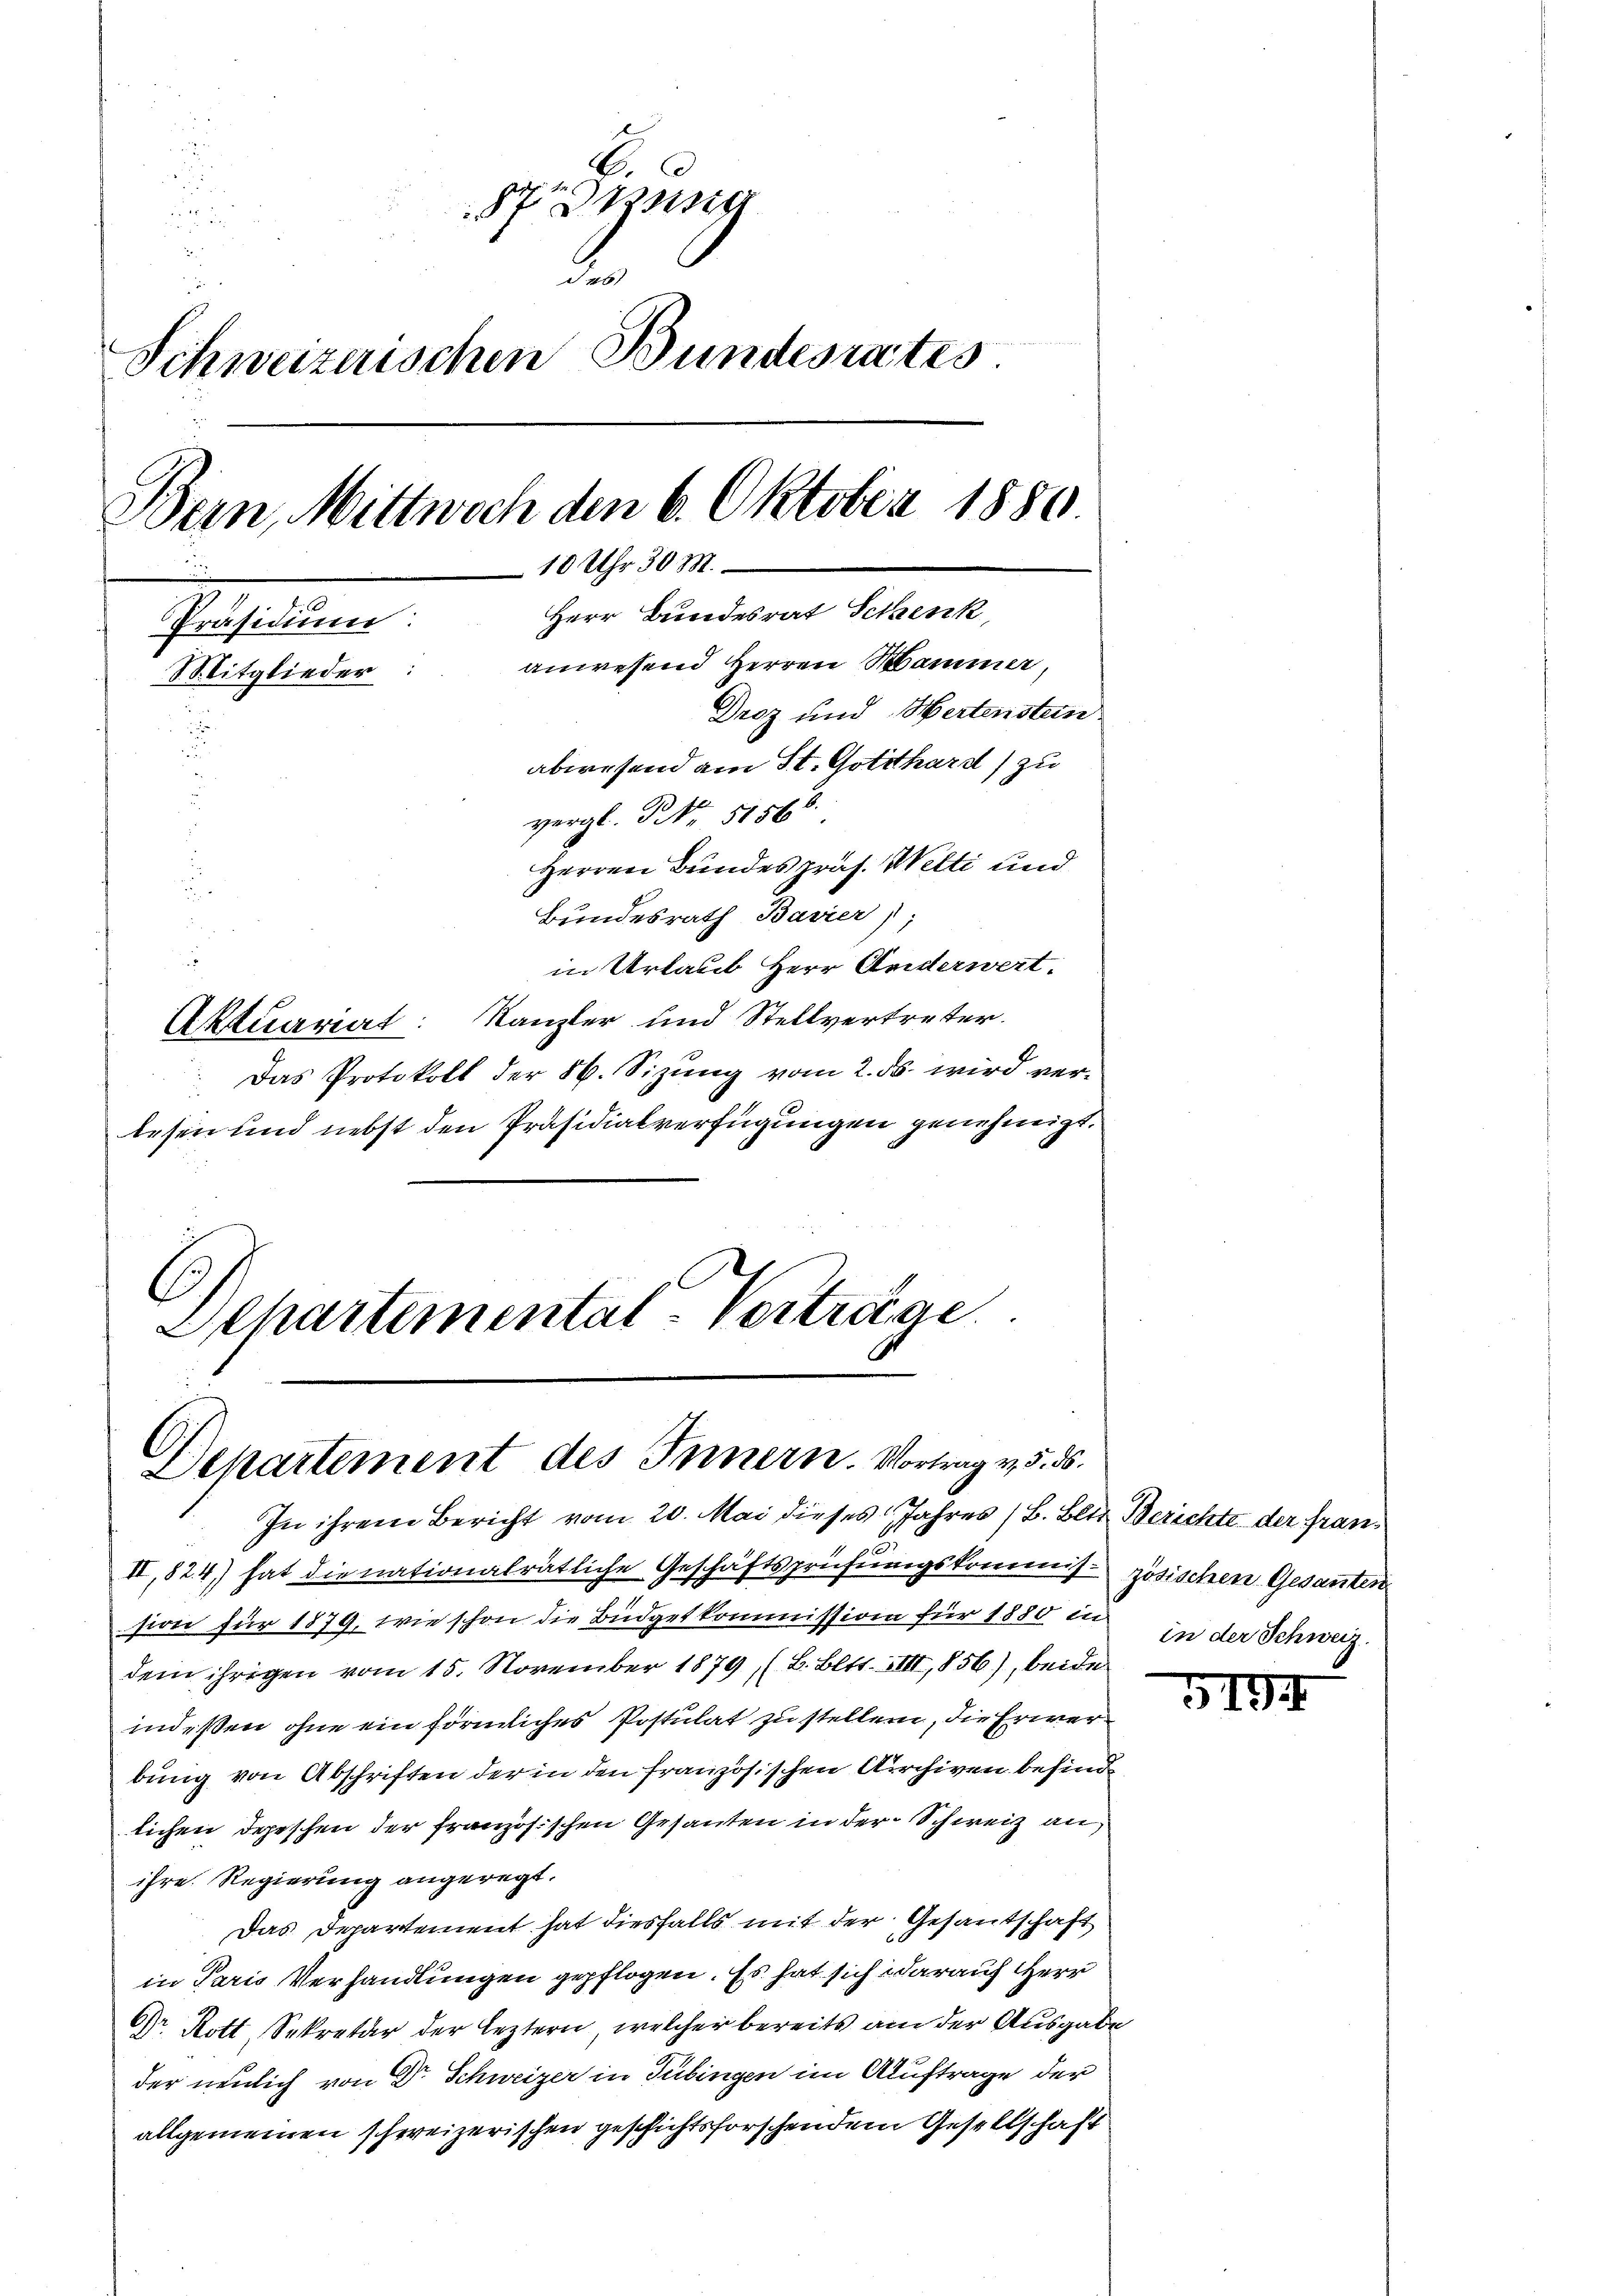
E.
57 zusa
u
52.
des
Schweizerischen Bundesrates.
Bern, Mittwoch den 6. Oktober 1886
10 Uhr 30 M.
Herr Bundesrat Schenk,
Präsidium
anwesend Herren Mammer,
Mitglieder:
Droz und Hertensten
abwesend am St. Gotthard) zu
vergl. No. 51568.
Herren Bundes präs. Welti und
Bundesrath Bavier),
u

2

in Urlaut Herr Anderwert.
Aktuariat: Kanzler und Stellvertreter.
Das Protokoll der 86. Sizung vom 2. ds. wird verlesen und nebst den Präsidialverfügungen genehmigt.

C
Separtemental Verträge.
Departement des Innern. Vortrag v. 5. ds.

In ihrem Bericht vom 20. Mai dieses Jahres (B. Bett Berichte der Fran¬
II,824) hat die nationalrätliche Geschäftsprüfungskommission für 1879, wie schon die Büdgetkommission für 1880 in
dem ihrigen vom 15. November 1879, (B. Bett. VIII, 856), beide
indeßen, ohne ein förmliches Postulat zu stellen, die Erwerbung von Abschriften der in den französischen Kirchiven besind
lichen Depeschen der französischen Gesanten in der Schweiz au
ihre Regierung angeregt.
Das Departement hat diesfalls mit der Gesantschaft
in Paris Verhandlungen gepflogen. Es hat sich darauf Herr
Dr. Rott, Sekretär der leztern, welcher bereits am der Ausgabe
der neulich von Dr Schweizer in Tübingen im Auftrage der
allgemeinen schweizerischen geschichtsforschendem Gesellschaft

zösischen Gesanten
in der Schweiz.

5194